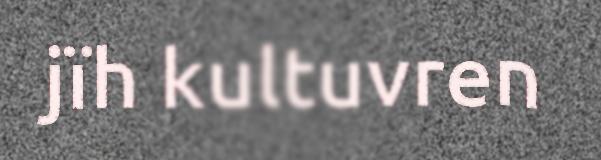
jïh kultuvren